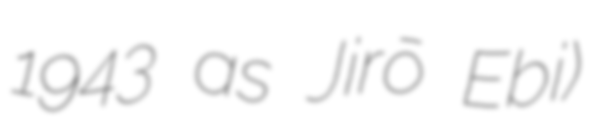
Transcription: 1943 as Jirō Ebi)